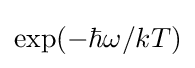
\exp(-\hbar \omega /kT)